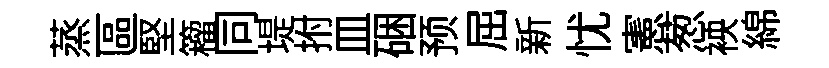
蒸區堅籕同堤拊皿硱预屈新忧憲葱䘧綿